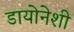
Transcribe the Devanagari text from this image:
डायोनेशी